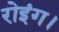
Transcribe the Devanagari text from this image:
रोइंग।